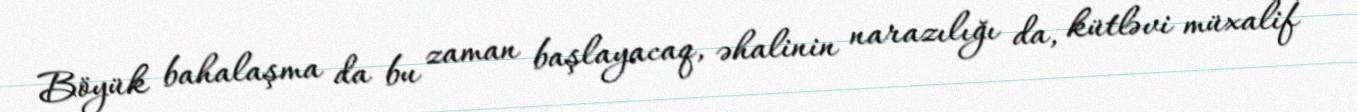
Böyük bahalaşma da bu zaman başlayacaq, əhalinin narazılığı da, kütləvi müxalif